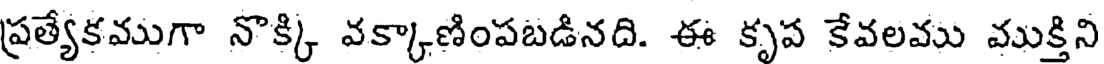
ప్రత్యేకముగా నొక్కి వక్కాణింపబడినది. ఈ కృప కేవలము ముక్తిని